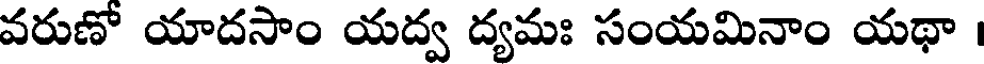
వరుణో యాదసాం యద్వ ద్యమః సంయమినాం యథా ।